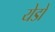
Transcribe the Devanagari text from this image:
येडो